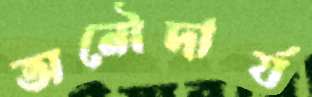
অনৌদার্য